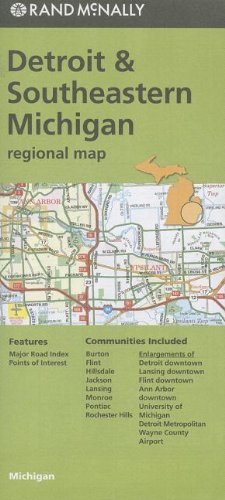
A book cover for Rand McNally Folded Map: Detroit and Southeastern Michigan Regional Map; Rand McNally; Travel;